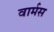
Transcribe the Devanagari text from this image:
वार्मस